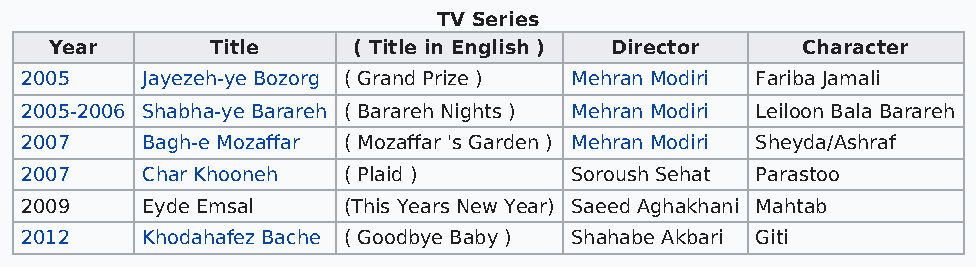
TV Series
 Year       Title    ( Title in English ) Director Character
 2005    Jayezeh-ye Bozorg ( Grand Prize ) Mehran Modiri Fariba Jamali
 2005-2006 Shabha-ye Barareh ( Barareh Nights ) Mehran Modiri Leiloon Bala Barareh
 2007    Bagh-e Mozaffar ( Mozaffar 's Garden ) Mehran Modiri Sheyda/Ashraf
 2007    Char Khooneh  ( Plaid )      Soroush Sehat Parastoo
 2009    Eyde Emsal    (This Years New Year) Saeed Aghakhani Mahtab
 2012    Khodahafez Bache ( Goodbye Baby ) Shahabe Akbari Giti